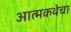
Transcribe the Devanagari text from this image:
आत्मकथेचा